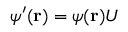
\psi ^ { \prime } ( { \bf r } ) = \psi ( { \bf r } ) U